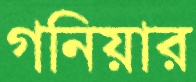
গনিয়ার